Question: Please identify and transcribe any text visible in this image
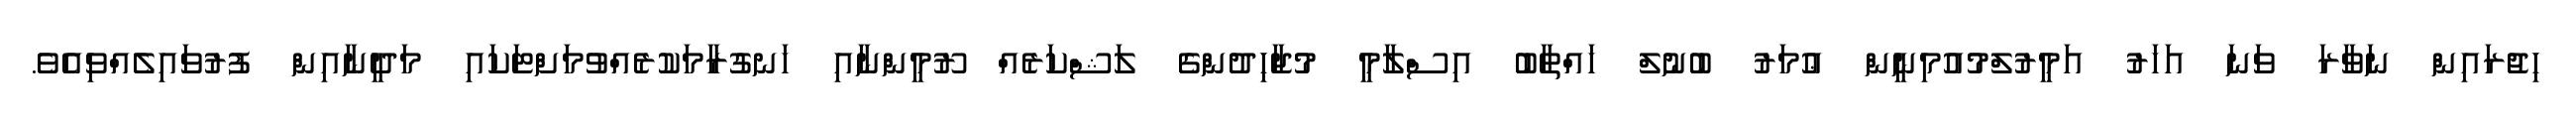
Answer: ހިޖުރައިން ނަވާރަ ވަނަ އަހަރު އަމީރުލްމުއުމިނީން ޢުމަރު ބުނުލް ޚައްޠާބު އިސްލާމީ މުޖާހިދުންގެ ލަޝްކަރެއް ރޫމީންނާއި ހަނގުރާމަކުރެއްވުމަށްޓަކައި މަދީނާއިން ފުރުވައިލެއްވިއެވެ.